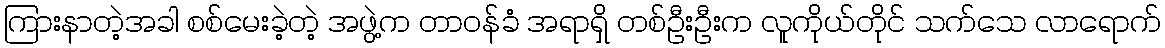
ကြားနာတဲ့အခါ စစ်မေးခဲ့တဲ့ အဖွဲ့က တာဝန်ခံ အရာရှိ တစ်ဦးဦးက လူကိုယ်တိုင် သက်သေ လာရောက်